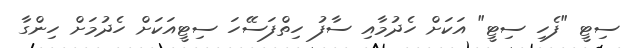
ސިޓީ "ފެހި ސިޓީ" އަކަށް ހެދުމާއި ސާފު ހިތްފަސޭހަ ސިޓީއަކަށް ހެދުމަށް ހިންގާ